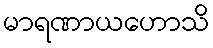
မာရဏာယဟောသိ